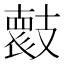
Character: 𭣞